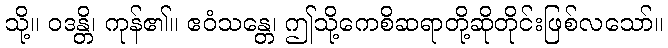
သို့။ ဝဒန္တိ၊ ကုန်၏။ ဧဝံသန္တေ၊ ဤသို့ကေစိဆရာတို့ဆိုတိုင်းဖြစ်လသော်။